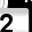
Digit: 2